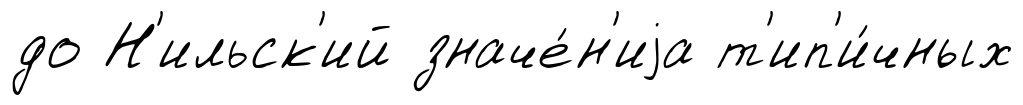
до Н'ильск'ий значе́н'иjа т'ип'и́чных